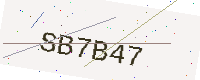
Text: SB7B47